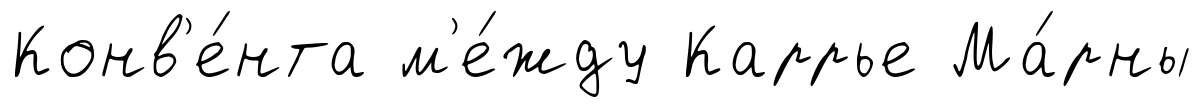
Конв'е́нта м'е́жду Каррье Ма́рны